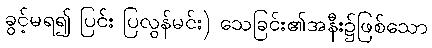
ခွင့်မရ၍ ပြင်း ပြလွန်မင်း) သေခြင်း၏အနီး၌ဖြစ်သော